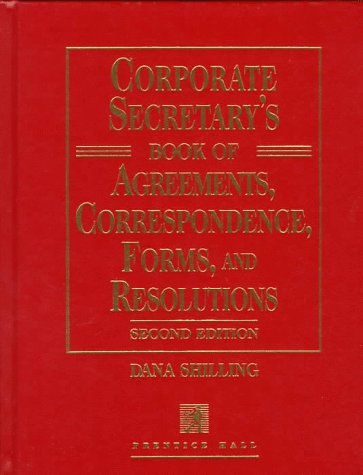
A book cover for Corporate Secretary's Book of Agreements Correspondence, Forms, and Resolutions; Dana Shilling; Law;